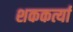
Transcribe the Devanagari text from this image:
शककर्त्या